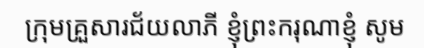
ក្រុមគ្រួសារជ័យលាភី ខ្ញុំព្រះករុណាខ្ញុំ សូម